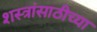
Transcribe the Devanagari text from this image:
शस्त्रांसाठीच्या